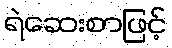
ရဲဆေးစာဖြင့်